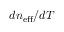
d n _ { \mathrm { e f f } } / d T